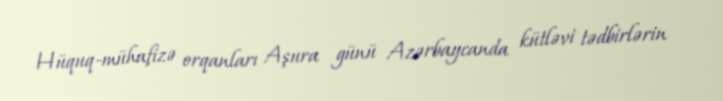
Hüquq-mühafizə orqanları Aşura günü Azərbaycanda kütləvi tədbirlərin